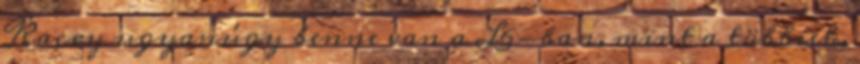
Kacey ugyanúgy benne van a L6-ban, mint a többiek,